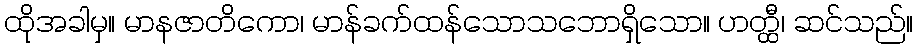
ထိုအခါမှ။ မာနဇာတိကော၊ မာန်ခက်ထန်သောသဘောရှိသော။ ဟတ္ထီ၊ ဆင်သည်။